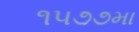
૧૫૭૭મા